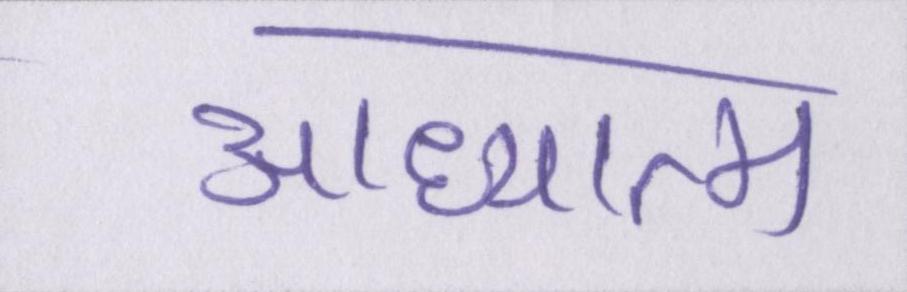
आध्यात्म